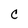
Character: C